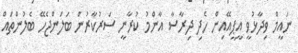
ނައީމް ވިދާޅުވީ އީޕީއޭއިން ހެދި ދިރާސާ އާންމު ކުރާނީ ސަރުކާރުން ބަލަންޖެހޭ ބެލުންތައް